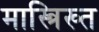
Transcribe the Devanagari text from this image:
मास्त्रिख्त